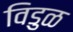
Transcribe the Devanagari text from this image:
विडुळ